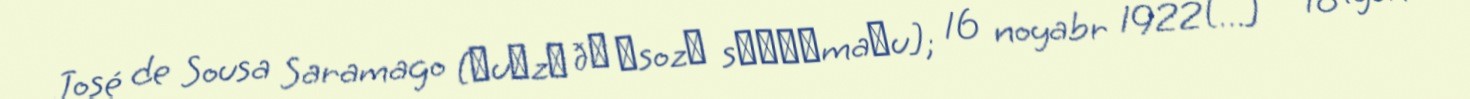
José de Sousa Saramago [ʒuˈzɛ ðɨ ˈsozɐ sɐɾɐˈmaɣu]; 16 noyabr 1922[…] – 18 iyun